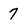
Character: 7